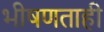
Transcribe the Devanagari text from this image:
भीषणताही